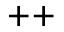
^ { + + }